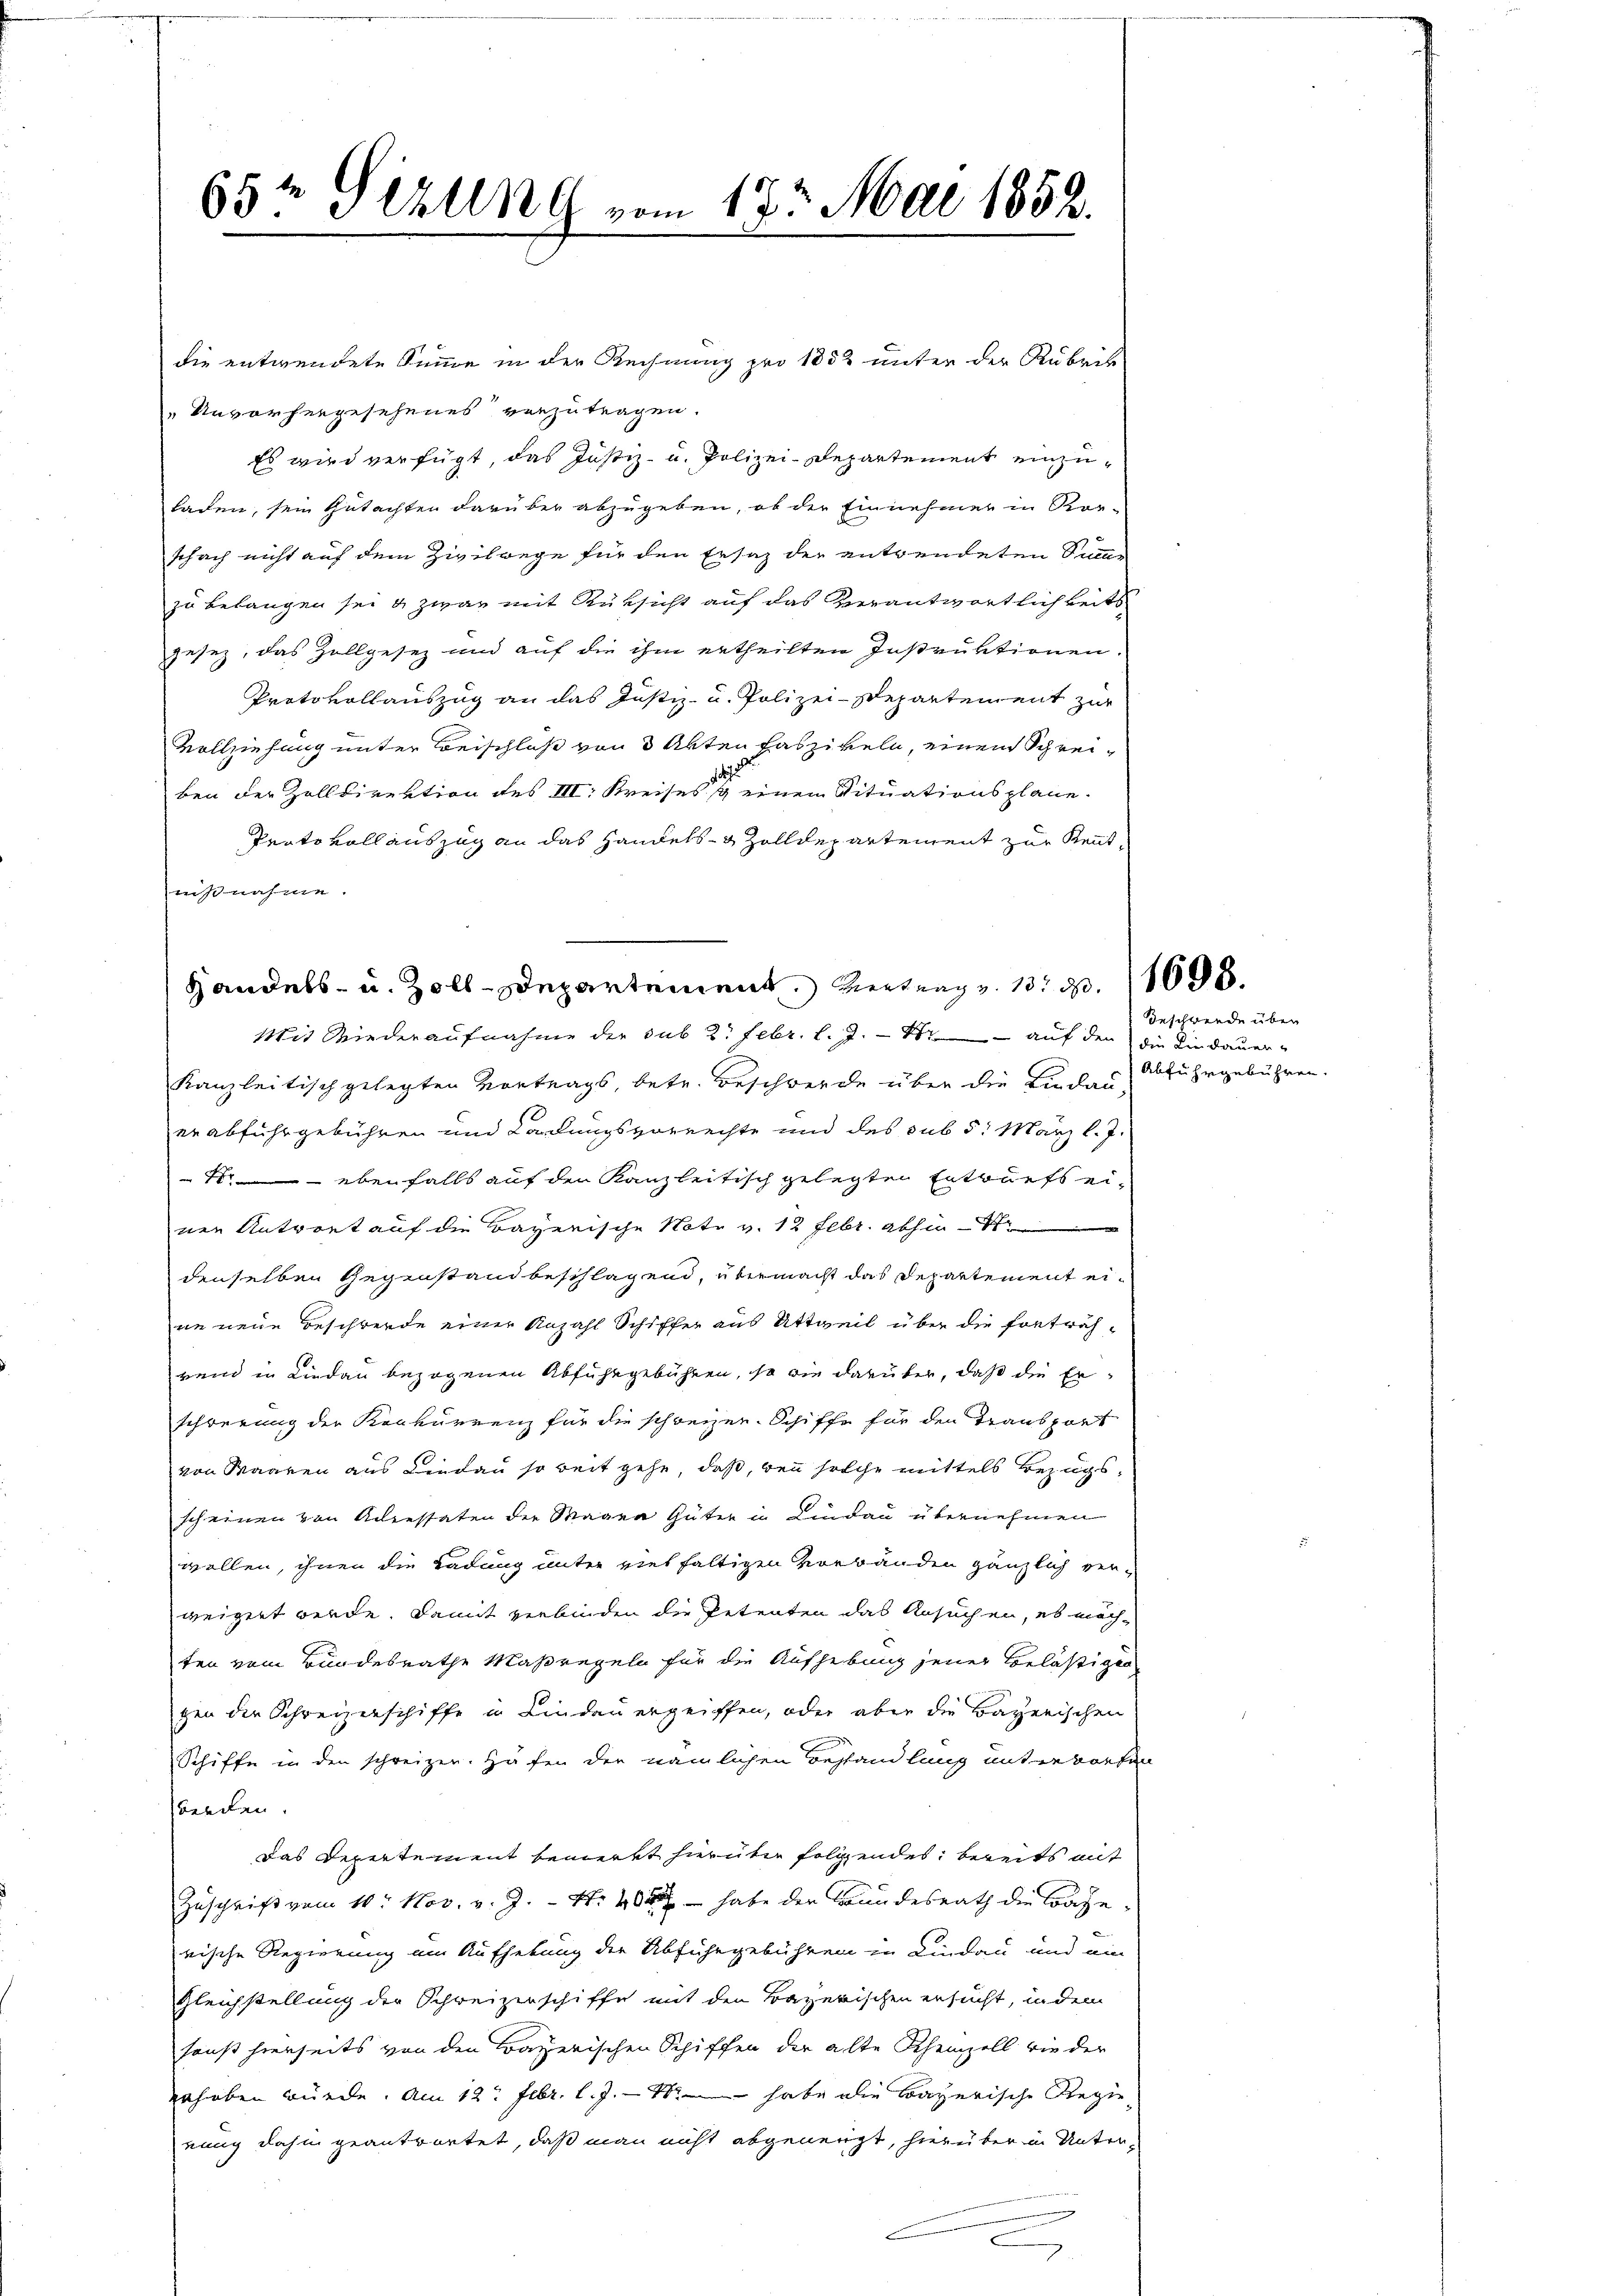
65½ Gizling vom 17ten Mai 1852.

Handels- u. Zoll-Departement. Vertrag v. 13. d. 1098.

die entwendete Summe in der Rechnung pro 1852 unter der Rubrik
Unvorhergesehenes verzutragen.
Es wird verfügt, das Justiz- u. Polizei-Departement einzuladen, sein Gutachten darüber abzugeben, ob der Einnehmer in Kor-
schach nicht auf dem Zivilwege für den Ersatz der entwendeten Sumzu belangen sei & zwar mit Rüksicht auf das Verantwortlichkeits
gesez, das Zollgesez und auf die ihm ertheilten Instruktionen.
Protokollauszug an das Justiz- u. Polizei-Departement zur
Vollziehung unter Beischluß von 3 Akten Faszikeln, einem Schreiben der Zolldirektion des III. Kreises einen Situationsplane.
Prato voll auszug an das Handels- & Zolldepartement zur Kenntnißnahme.
Mit Wiederaufnahme der sub 2. Febr. l. J. 17 auf den die Lindauer¬
Kanzleitisch gelegten Vortrags, betr. Beschwerde über die Lindau Abfuhrgebühren.
er abfuhrgebühren und Kadungsvorrechte und des sub 5. März l. J.
 ebenfalls auf den Kanzleitisch gelegten Entwurfs einen Antwort auf die Bayerische Note v. 12 Febr. abhin
denselben Gegenstand beschlagend, übermacht das Departement eine neue Beschwerde einer Anzahl Schiffer aus Uttweil über die fortwäh-
rend in Lindau bezogenen Abfuhrgebühren, so wie darüber, daß die Erschwerung der Konkurrenz für die schweizen Schiffe für den Transport
von Waaren aus Lindau so beit gehe, daß, den solche mittels Bezugsscheinen von Accessaten der Wagen Güter in Lindau übernehmen
wollen, ihnen die Ladung unter viel faltigen Verbänden gänzlich verweigert werde. Damit verbinden die Petenten das Ansuchen, es möch-
ten vom Bundesrathe Maßregeln für die Aufhebung jener Belästigen
gen der Schreizerschiffe in Lindauergriffen, oder aber die Bayerischen
Schiffe in den schreizer. Häfen der nämlichen Behandlung unterworten
beeden.
das Depertement bemerkt hierüber folgendes, bereits mit
Zuschrift vom 10. Nov. v. J. - N. 400 - habe der Brandesrath die Bahnrische Regierung um Aufhebung der Abfuhrgebühren in Lindau und ein
Gleichstellung der Schweizerschiffe mit den Bayerischen ersucht, in dem
sonst hierseits von den Bayerischen Schiffen der alte Scheinzell wie der
erhoben würde. Am 12. Febr. l. J. habe die Bayerische Regienung dahin geantwortet, daß man nicht abgeneigt, hierüber in Untern

Beschwerde über